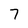
Character: 7